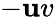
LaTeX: -\mathbf{u}v